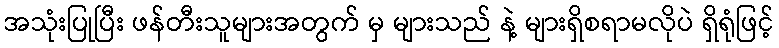
အသုံးပြုပြီး ဖန်တီးသူများအတွက် မှ များသည် နဲ့ များရှိစရာမလိုပဲ ရှိရုံဖြင့်